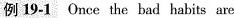
例 19-1 Once the bad habits are